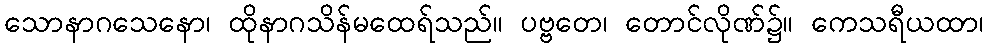
သောနာဂသေနော၊ ထိုနာဂသိန်မထေရ်သည်။ ပဗ္ဗတေ၊ တောင်လိုဏ်၌။ ကေသရီယထာ၊